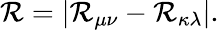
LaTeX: \mathcal{R}=|\mathbf{{\mathcal{R}}}_{\mu\nu}-\mathbf{{\mathcal{R}}}_{\kappa\lambda}|.